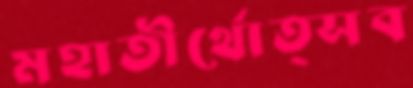
মহাতীর্থোত্সব